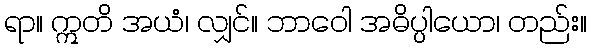
ရာ။ ဣတိ အယံ၊ လျှင်။ ဘာဝေါ အဓိပ္ပါယော၊ တည်း။